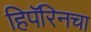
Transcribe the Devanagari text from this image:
हिपॅरिनचा